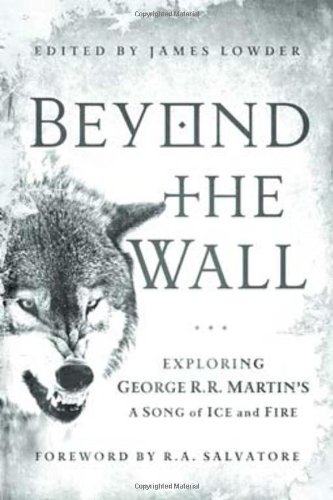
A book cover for Beyond the Wall: Exploring George R. R. Martin's A Song of Ice and Fire, From A Game of Thrones to A Dance with Dragons; Science Fiction & Fantasy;